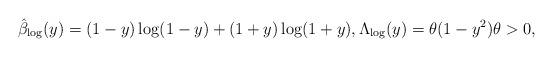
LaTeX: \begin{align*}\hat{\beta}_{\mathrm{log}}(y) = (1-y) \log (1-y) + (1+y) \log(1+y), \Lambda_{\mathrm{log}}(y) = \theta (1-y^{2}) \theta > 0,\end{align*}